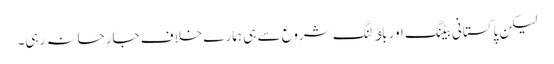
لیکن پاکستانی بیٹنگ اور باﺅلنگ شروع سے ہی ہمارے خلاف جارحانہ رہی۔